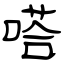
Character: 嗒